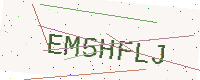
Text: EM5HFLJ